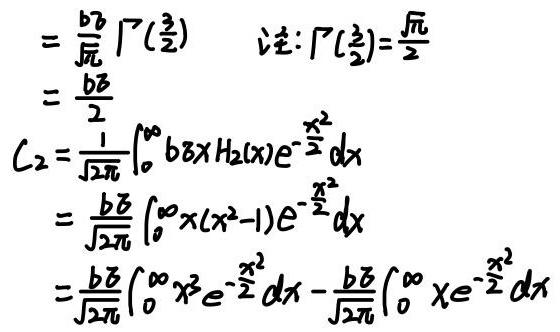
\[
\begin{align*}
&=\frac{b\delta}{\sqrt{\pi}}\Gamma(\frac{3}{2})\quad \text{注: }\Gamma(\frac{3}{2})=\frac{\sqrt{\pi}}{2}\\
&=\frac{b\delta}{2}\\
C_2&=\frac{1}{\sqrt{2\pi}}\int_{0}^{\infty}b\delta xH_2(x)e^{-\frac{x^2}{2}}dx\\
&=\frac{b\delta}{\sqrt{2\pi}}\int_{0}^{\infty}x(x^2 - 1)e^{-\frac{x^2}{2}}dx\\
&=\frac{b\delta}{\sqrt{2\pi}}\int_{0}^{\infty}x^3e^{-\frac{x^2}{2}}dx-\frac{b\delta}{\sqrt{2\pi}}\int_{0}^{\infty}xe^{-\frac{x^2}{2}}dx
\end{align*}
\]